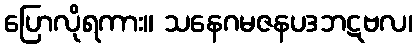
ပြောလိုရကား။ သနေဂမဇနပဒဘဋဗလ၊